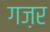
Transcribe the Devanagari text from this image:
गज़र